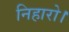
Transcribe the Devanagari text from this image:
निहारो।